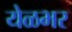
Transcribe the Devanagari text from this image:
येळभर